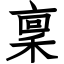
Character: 稟